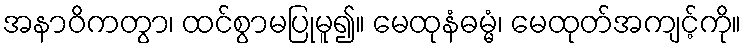
အနာဝိကတွာ၊ ထင်စွာမပြုမူ၍။ မေထုနံဓမ္မံ၊ မေထုတ်အကျင့်ကို။